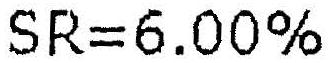
SR=6.00%